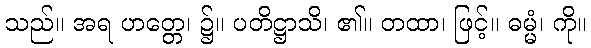
သည်။ အရ ဟတ္တေ၊ ၌။ ပတိဋ္ဌာသိ၊ ၏။ တထာ၊ ဖြင့်။ ဓမ္မံ၊ ကို။